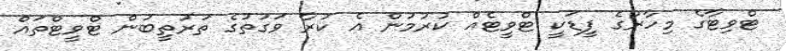
ޓްވިޓާގެ މިހާރުގެ ފީޑަކީ ޓްވީޓެއް ކުރުމުން އެ ކުރާ ވަގުތުގެ ތަރުތީބުން ޓްވީޓްތައް